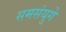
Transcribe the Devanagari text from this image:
समसंयुगे